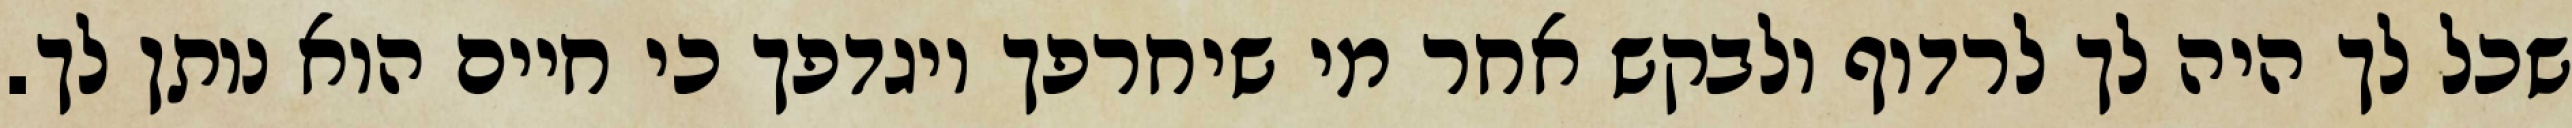
שכל לך היה לך לרדוף ולבקש אחר מי שיחרפך ויגדפך כי חיים הוא נותן לך.